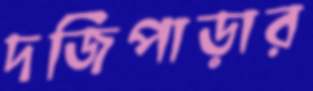
দর্জিপাড়ার